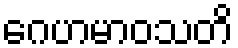
ဂေဟမာဝသတိ